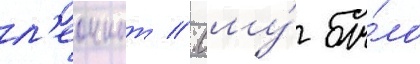
л'еоннат // Ему́ бы́ло